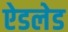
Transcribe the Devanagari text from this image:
ऐडलेड